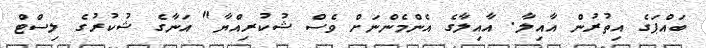
ބައްޕަގެ އިތުރުން އާއިލާ. އާއިލާގެ އެންމެންނަށް ވެސް ޝުކުރިއްޔާ" އަނާގެ ޝުކުރުގެ ލިސްޓް